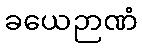
ခယေဉာဏံ